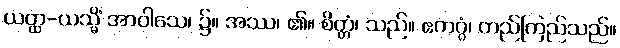
ယတ္ထ-ယသ္မိံ အာဝါသေ၊ ၌။ အဿ၊ ၏။ စိတ္တံ၊ သည်။ ဧကဂ္ဂံ၊ တည်ကြည်သည်။